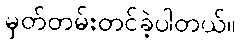
မှတ်တမ်းတင်ခဲ့ပါတယ်။